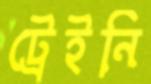
ট্রেইনি